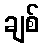
ချစ်